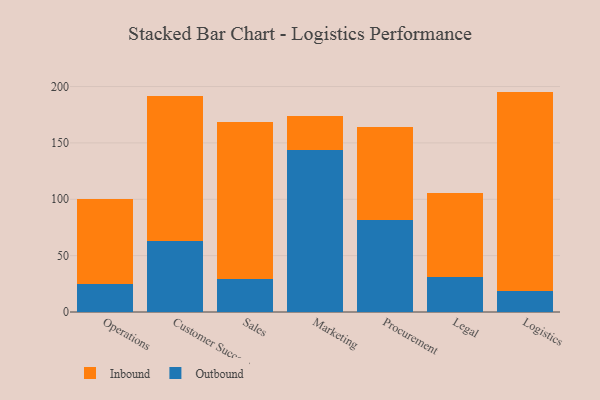
{"axis": {"x": "Department", "y": "Market Share (%)"}, "legend": ["Inbound", "Outbound"], "data": [{"x": "Operations", "y": 25.1, "type": "Outbound"}, {"x": "Operations", "y": 75.5, "type": "Inbound"}, {"x": "Customer Success", "y": 63.1, "type": "Outbound"}, {"x": "Customer Success", "y": 128.2, "type": "Inbound"}, {"x": "Sales", "y": 28.9, "type": "Outbound"}, {"x": "Sales", "y": 139.5, "type": "Inbound"}, {"x": "Marketing", "y": 143.6, "type": "Outbound"}, {"x": "Marketing", "y": 30.7, "type": "Inbound"}, {"x": "Procurement", "y": 81.2, "type": "Outbound"}, {"x": "Procurement", "y": 82.7, "type": "Inbound"}, {"x": "Legal", "y": 31.3, "type": "Outbound"}, {"x": "Legal", "y": 74.7, "type": "Inbound"}, {"x": "Logistics", "y": 18.6, "type": "Outbound"}, {"x": "Logistics", "y": 176.9, "type": "Inbound"}]}